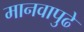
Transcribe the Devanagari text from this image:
मानवापुढे